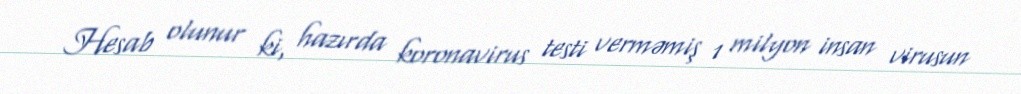
Hesab olunur ki, hazırda koronavirus testi verməmiş 1 milyon insan virusun